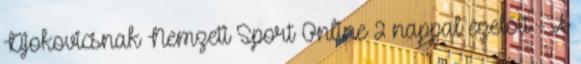
Djokovicsnak Nemzeti Sport Online 2 nappal ezelőtt - A